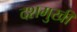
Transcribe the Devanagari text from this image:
दशमुखी